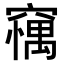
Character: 𥧼